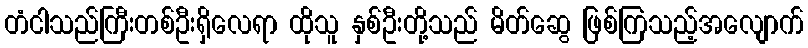
တံငါသည်ကြီးတစ်ဦးရှိလေရာ ထိုသူ နှစ်ဦးတို့သည် မိတ်ဆွေ ဖြစ်ကြသည့်အလျောက်